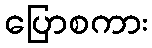
ပြောစကား